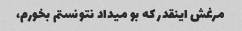
مرغش اینقدر که بو میداد نتونستم بخورم،